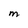
Character: M